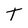
Character: T